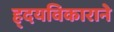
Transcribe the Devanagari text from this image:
ह्दयविकाराने